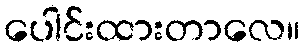
ပေါင်းထားတာလေ။